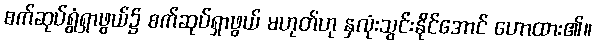
စက်ဆုပ်ရွံရှာဖွယ်၌ စက်ဆုပ်ရှာဖွယ် မဟုတ်ဟု နှလုံးသွင်းနိုင်အောင် ဟောထား၏။